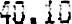
40.10